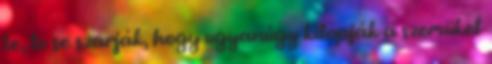
te, le se szarják, hogy ugyanúgy kilopják a szemüket